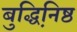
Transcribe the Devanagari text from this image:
बुद्धिनि़ष्ठ